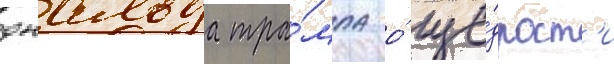
дональда тра́мпа о́ ще́дрост'и